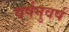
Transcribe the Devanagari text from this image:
वर्षनुवर्ष